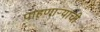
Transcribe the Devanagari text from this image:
पाहणाऱ्यांची